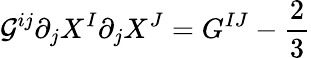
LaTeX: {\cal G}^{ij}\partial_{j}X^{I}\partial_{j}X^{J}=G^{IJ}-{\frac{2}{3}}